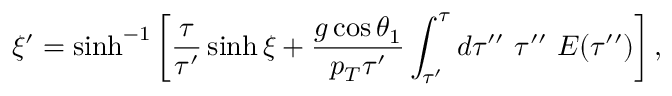
\xi ^ { \prime } = \sinh ^ { - 1 } \left[ \frac { \tau } { \tau ^ { \prime } } \sinh \xi + \frac { g \cos \theta _ { 1 } } { p _ { T } \tau ^ { \prime } } \int _ { \tau ^ { \prime } } ^ { \tau } d \tau ^ { \prime \prime } ~ \tau ^ { \prime \prime } ~ E ( \tau ^ { \prime \prime } ) \right] ,